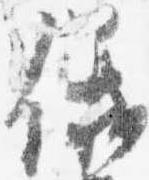
儀